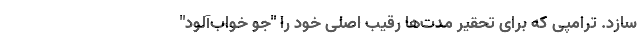
سازد. ترامپی که برای تحقیر مدت‌ها رقیب اصلی خود را "جو خواب‌آلود"